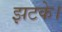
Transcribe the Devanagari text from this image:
झटके।